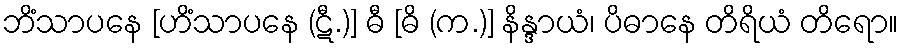
ဘိံသာပနေ [ဟိံသာပနေ (ဋီ.)] ဓီ [ဓိ (က.)] နိန္ဒာယံ၊ ပိဓာနေ တိရိယံ တိရော။